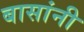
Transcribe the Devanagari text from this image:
बासांनी